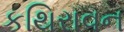
કથિરાવન